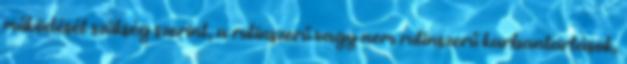
működését szükség szerint, a rutinszerű vagy nem rutinszerű karbantartások,